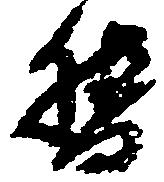
督